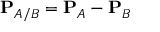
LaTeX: \mathbf { P } _ { A / B } = \mathbf { P } _ { A } - \mathbf { P } _ { B }